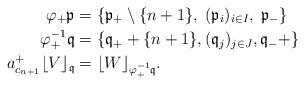
LaTeX: \begin{align*} \varphi_+\mathfrak{p}& = \{\mathfrak{p}_+ \setminus\{n+1\},\;(\mathfrak{p}_i)_{i\in I},\; \mathfrak{p}_- \}\\ \varphi_+^{-1} \mathfrak{q}& = \{\mathfrak{q}_+ + \{n+1\},(\mathfrak{q}_j)_{j \in J},\mathfrak{q}_- + \}\\ a_{c_{n+1}}^+ \lfloor V \rfloor _\mathfrak{q}& = \lfloor W \rfloor _{ \varphi_+^{-1}\mathfrak{q}}.\end{align*}